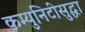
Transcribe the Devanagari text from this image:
कम्युनिटीसुद्धा